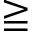
\geqq